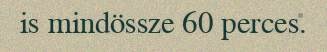
is mindössze 60 perces.